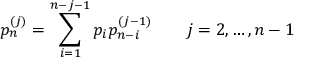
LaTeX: p _ { n } ^ { ( j ) } = \sum _ { i = 1 } ^ { n - j - 1 } p _ { i } p _ { n - i } ^ { ( j - 1 ) } \qquad j = 2 , \ldots , n - 1